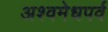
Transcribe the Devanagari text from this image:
अश्वमेधपर्व